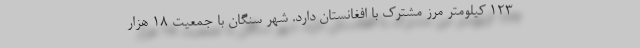
۱۲۳ کیلومتر مرز مشترک با افغانستان دارد. شهر سنگان با جمعیت ۱۸ هزار